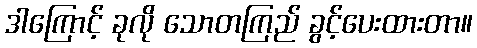
ဒါကြောင့် ခုလို သောတကြည် ခွင့်ပေးထားတာ။